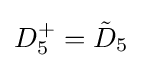
D_{5}^{+}={\tilde {D}}_{5}